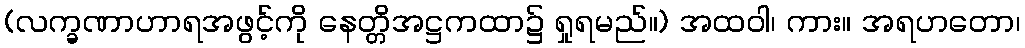
(လက္ခဏာဟာရအဖွင့်ကို နေတ္တိအဋ္ဌကထာ၌ ရှုရမည်။) အထဝါ၊ ကား။ အရဟတော၊